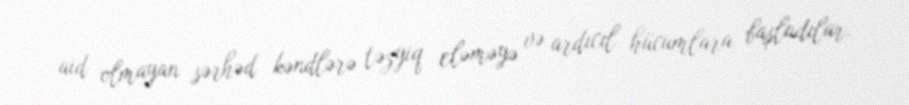
aid olmayan sərhəd kəndlərə təzyiq eləməyə və ardıcıl hücumlara başladılar.